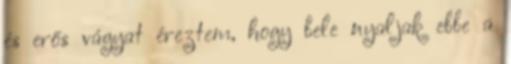
és erős vágyat éreztem, hogy bele nyaljak ebbe a